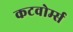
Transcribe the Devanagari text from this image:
कटवोर्म्स